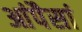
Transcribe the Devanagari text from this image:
आंपैसां